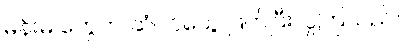
မိန်းမ တွေက ဆံပင်တွေ ဖြတ်ပြီးလှူကြသည်။